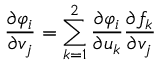
{ \frac { \partial \varphi _ { i } } { \partial v _ { j } } } = \sum _ { k = 1 } ^ { 2 } { \frac { \partial \varphi _ { i } } { \partial u _ { k } } } { \frac { \partial f _ { k } } { \partial v _ { j } } }